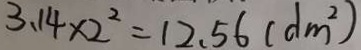
3 . 1 4 \times 2 ^ { 2 } = 1 2 . 5 6 ( d m ^ { 2 } )